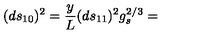
( d s _ { 1 0 } ) ^ { 2 } = \frac { y } { L } ( d s _ { 1 1 } ) ^ { 2 } g _ { s } ^ { 2 / 3 } =